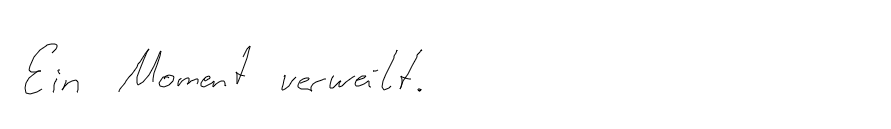
Ein Moment verweilt.